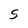
Character: S